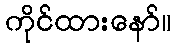
ကိုင်ထားနော်။